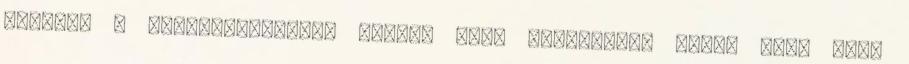
érződik a hozzáállásukon, mintha most csöppentek volna bele ebbe